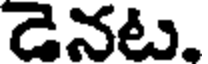
డెనట.